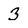
Character: 3